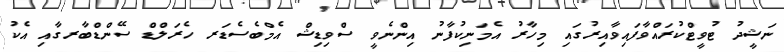
ނަޝީދު ޓުވީޓްކުރައްވާފައިވާއިރުގައި މިހާރު އެމަނިކުފާނު އިންނެވީ ސްވިޑިޝް އެމްބެސެޑަރ ހެރަލްޑް ސޭންޑްބާރގާއި އެކު